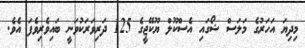
މިދިޔަ އަހަރުގެ މަލަސް ޝޯގައި އެސްކޫލް ޔޫކޭޖީގެ 125 ދަރިވަރަކުވަނީ ބައިވެރިވެފަ އެވެ.